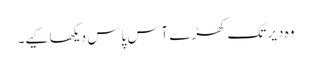
وہ دیر تک کھڑے آس پاس دیکھا کیے۔